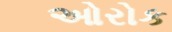
ઓરોક